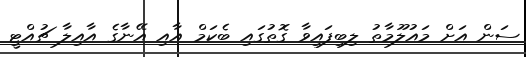
ސަން އަށް މައުލޫމާތު ލިބިފައިވާ ގޮތުގައި ބެކަމް އާއި އޭނާގެ އާއިލާ ޗުއްޓީ